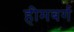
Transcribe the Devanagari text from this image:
हीमबर्ग